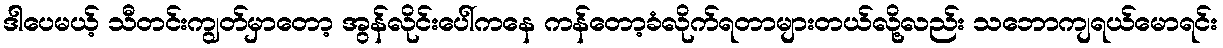
ဒါပေမယ့် သီတင်းကျွတ်မှာတော့ အွန်လိုင်းပေါ်ကနေ ကန်တော့ခံလိုက်ရတာများတယ်လို့လည်း သဘောကျရယ်မောရင်း